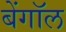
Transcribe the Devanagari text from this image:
बेंगॉल